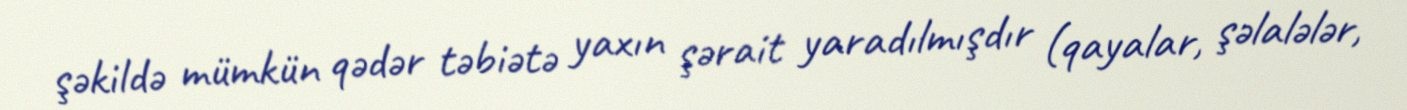
şəkildə mümkün qədər təbiətə yaxın şərait yaradılmışdır (qayalar, şəlalələr,